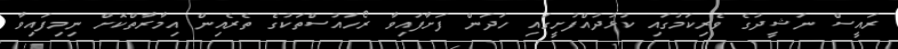
ރައީސް ނަޝީދުގެ ވެރިކަމުގައި ކުޅުދުއްފުށީގައި ހަދަން ފަށާފައިވާ ރޯހައުސްތަކުގެ ތެރެއިން އިމާރާތްކޮށް ނިމިފައިވާ